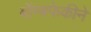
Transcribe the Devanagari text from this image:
बॉम्बफेकीने